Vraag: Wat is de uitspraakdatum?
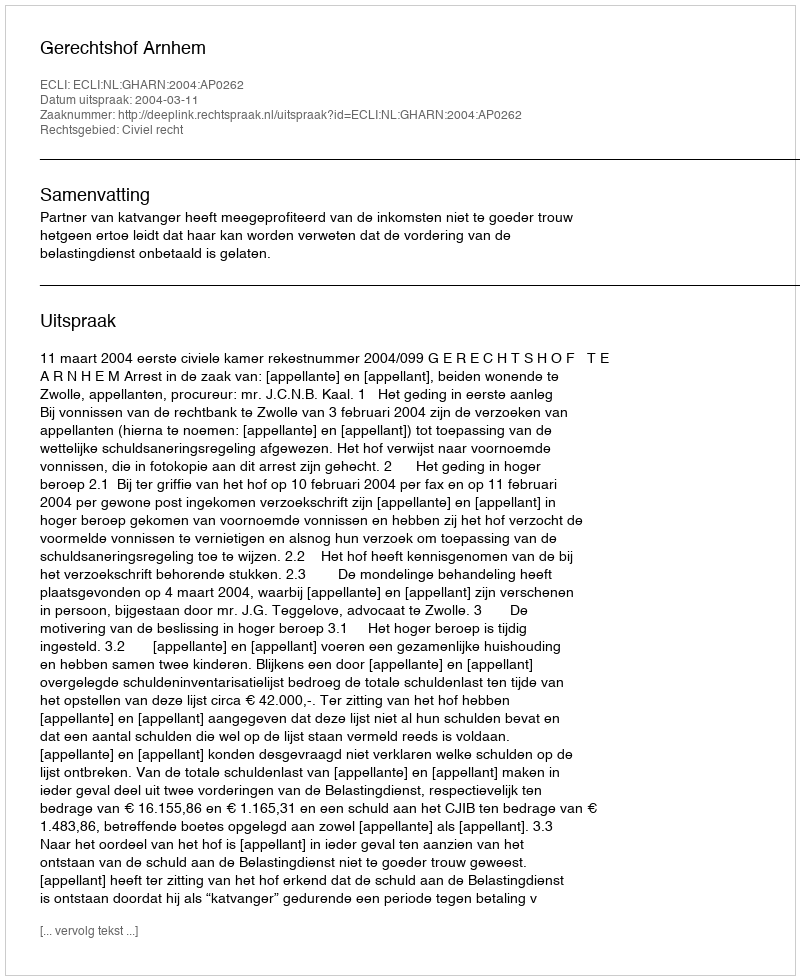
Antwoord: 2004-03-11